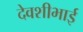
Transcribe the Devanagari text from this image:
देवशीभाई